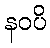
နဝပိ